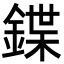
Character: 鍱